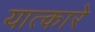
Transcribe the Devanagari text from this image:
यात्कारे